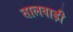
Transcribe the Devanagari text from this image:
तालवाड़ी